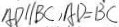
A D / / B C , A D = B C